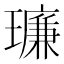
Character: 𪼥